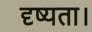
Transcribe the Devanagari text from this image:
दृष्यता।